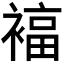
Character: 𰴃